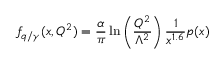
f _ { q / \gamma } ( x , Q ^ { 2 } ) = \frac { \alpha } { \pi } \ln \left( \frac { Q ^ { 2 } } { \Lambda ^ { 2 } } \right) \frac { 1 } { x ^ { 1 . 6 } } p ( x )